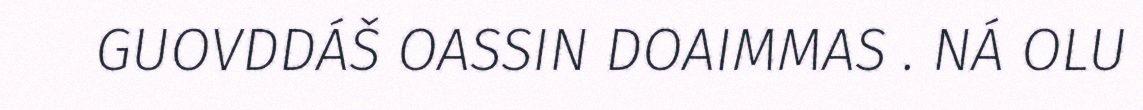
GUOVDDÁŠ OASSIN DOAIMMAS . NÁ OLU